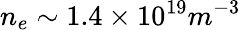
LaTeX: n_{e}\sim 1.4\times 10^{19}m^{-3}